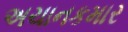
અચાનકમાર